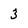
Character: 3